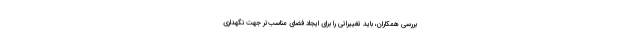
بررسی همکاران، باید تغییراتی را برای ایجاد فضای مناسب‌تر جهت نگهداری